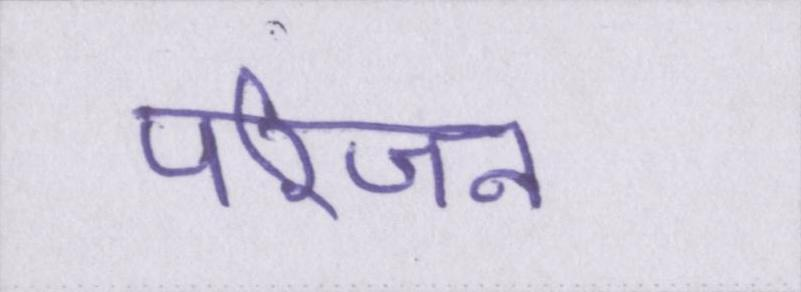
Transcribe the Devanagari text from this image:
परिजन